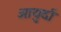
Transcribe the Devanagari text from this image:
आयुर्दा